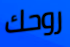
روحك